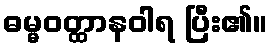
ဓမ္မဝတ္ထာနဝါရ ပြီး၏။